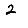
Digit: 2